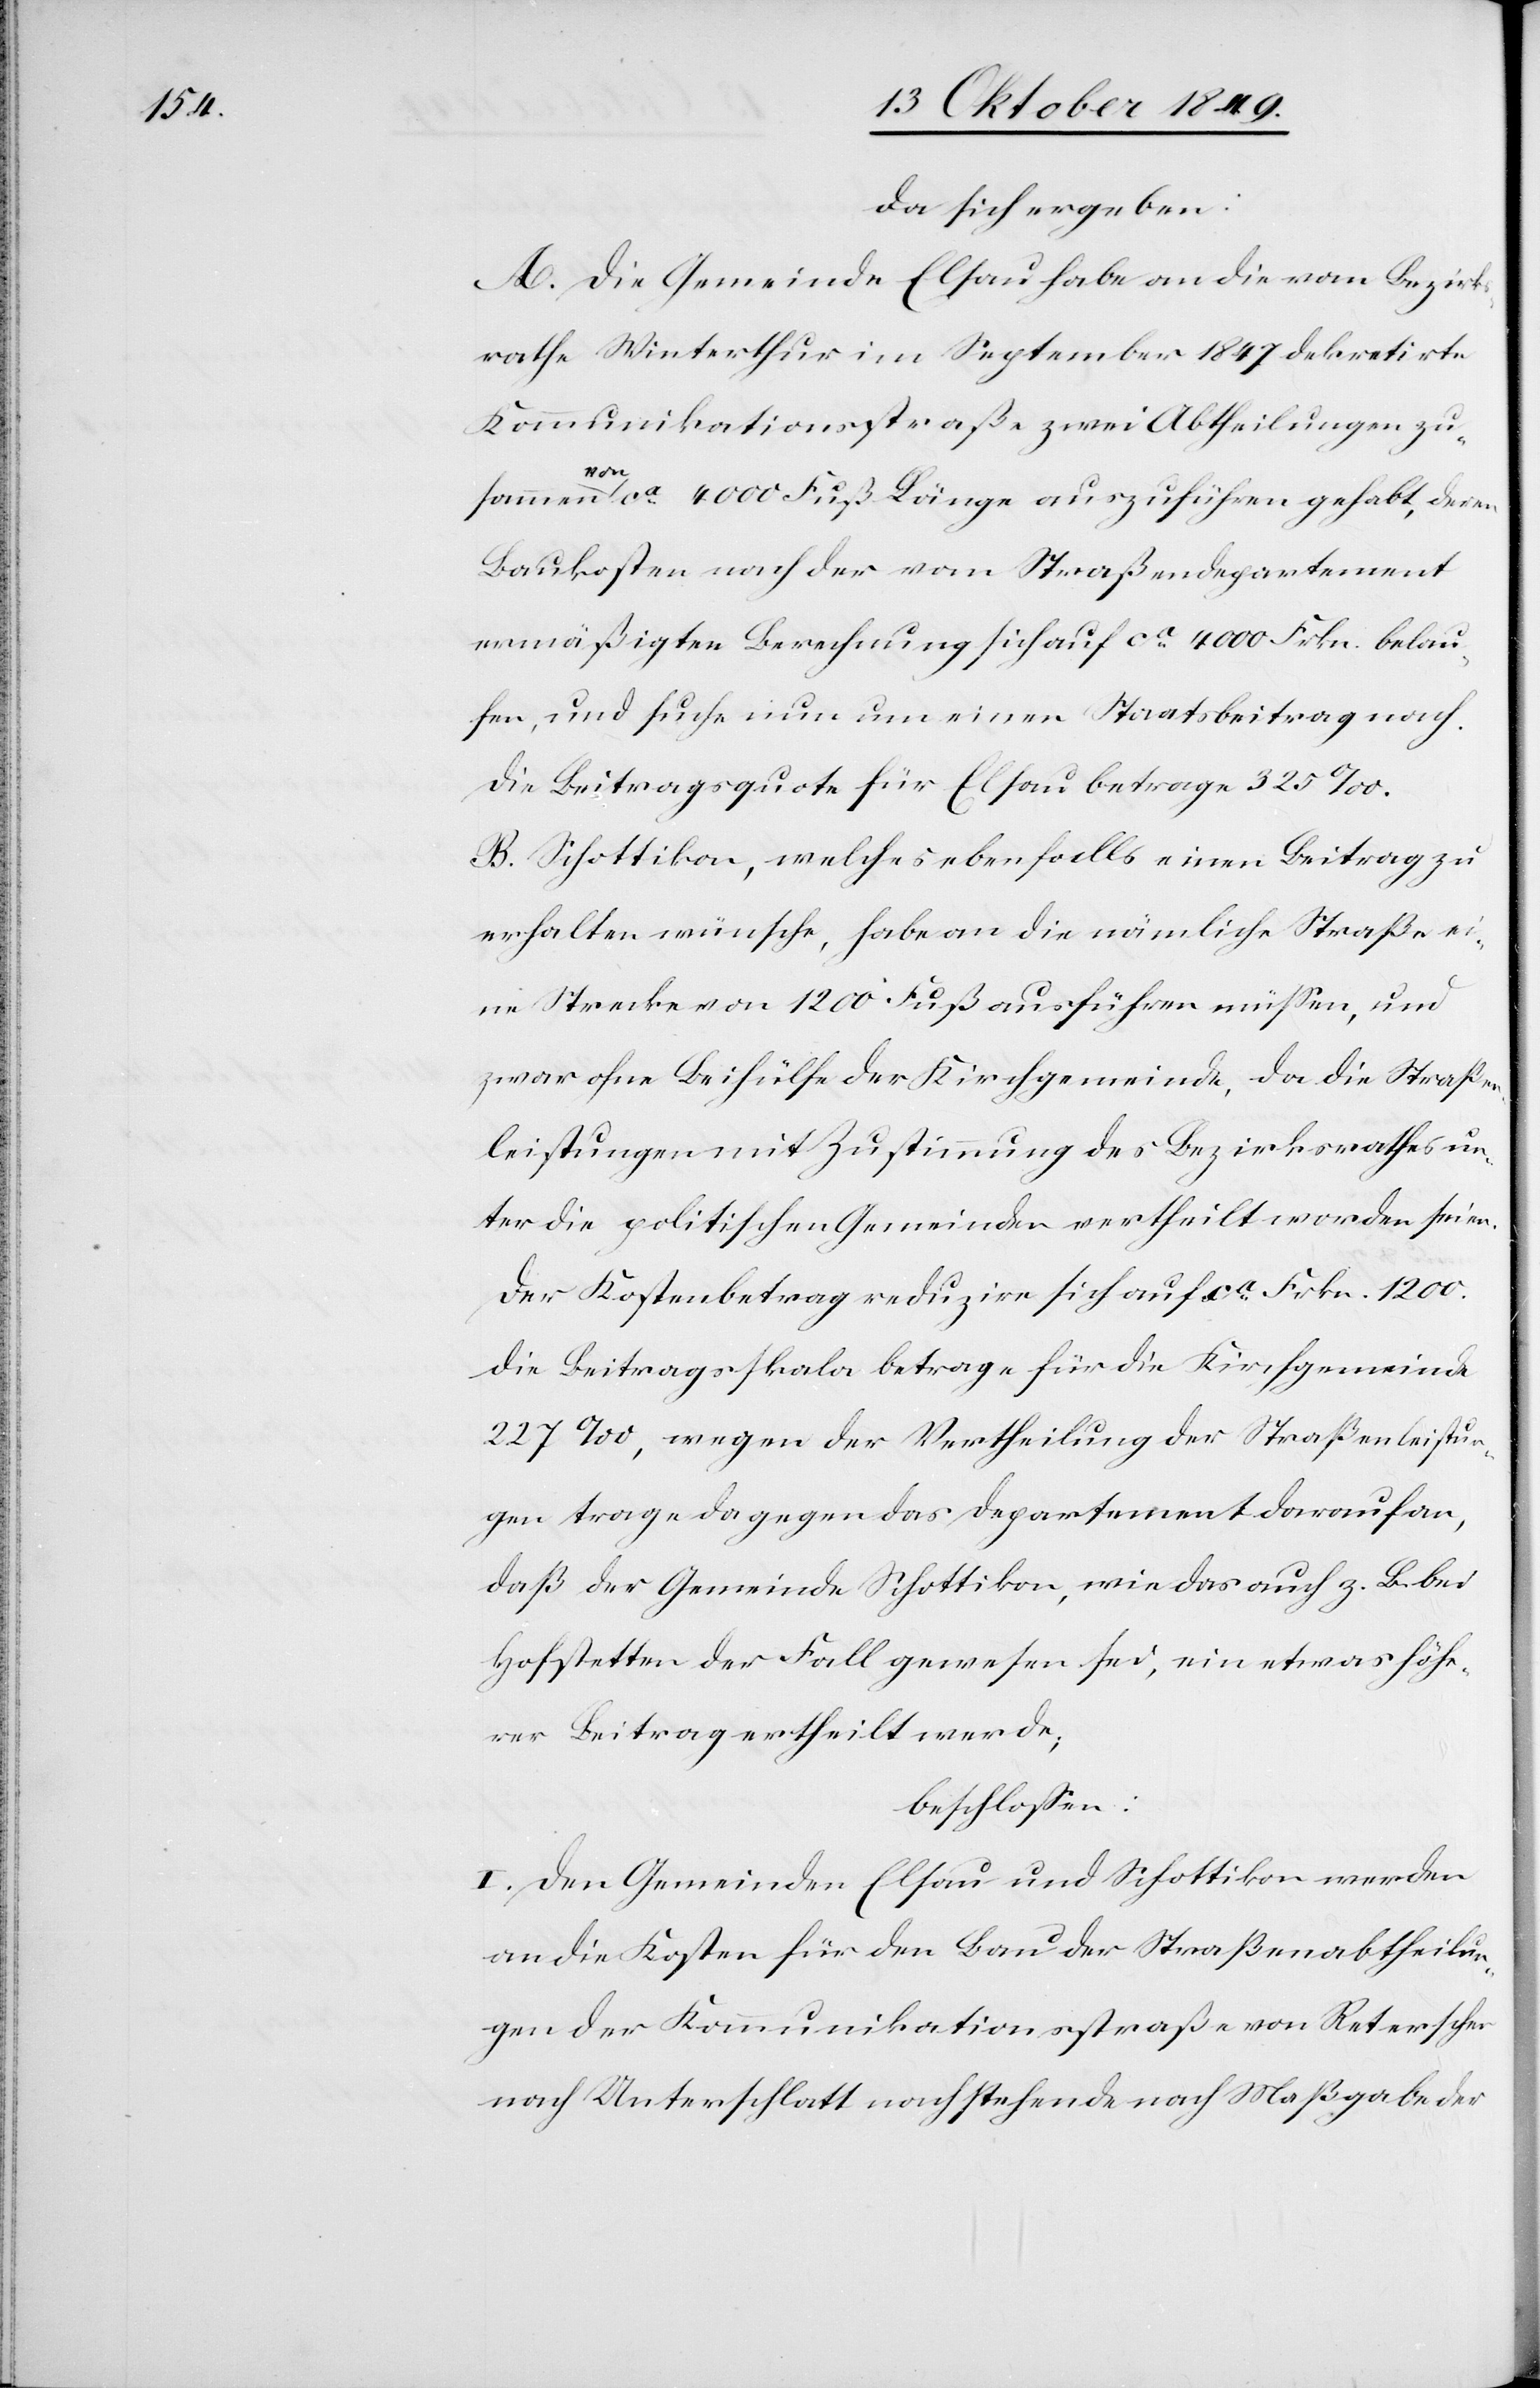
da sich ergeben:
A. Die Gemeinde Elsau habe an die vom Bezirks¬
rathe Winterthur im September 1847 dekretirte
Kommunikationsstraße zwei Abtheilungen zu¬
sammen von ca 4000 Fuß Länge auszuführen gehabt, deren
Baukosten nach der vom Straßendepartement
ermäßigten Berechnung sich auf ca 4000 Frkn. belau¬
fen, und suche nun um einen Staatsbeitrag nach.
Die Beitragsquote für Elsau betrage 325 ‰.
B. Schottikon, welches ebenfalls einen Beitrag zu
erhalten wünsche, habe an die nämliche Straße ei¬
ne Strecke von 1200 Fuß ausführen müßen, und
zwar ohne Beihülfe der Kirchgemeinde, da die Straße¬
nleistungen mit Zustimmung des Bezirksrathes un¬
ter die politischen Gemeinden vertheilt worden seien.
Der Kostenbetrag reduzire sich auf ca Frkn. 1200.
Die Beitragsskala betrage für die Kirchgemeinde
227 ‰, wegen der Vertheilung der Straßenleistun¬
gen trage dagegen das Departement darauf an,
daß der Gemeinde Schottikon, wie da auch z. B. bei
Hofstetten der Fall gewesen sei, ein etwas höhe¬
rer Beitrag ertheilt werde;
beschloßen:
I. Den Gemeinden Elsau und Schottikon werden
an die Kosten für den Bau der Straßenabtheilun¬
gen der Kommunikationsstraße von Reterschen
nach Unterschlatt nachstehende nach Maßgabe der